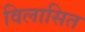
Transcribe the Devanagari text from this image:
विलासित